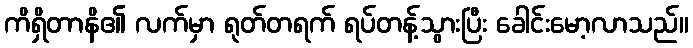
ကိရှိတာနိ၏ လက်မှာ ရုတ်တရက် ရပ်တန့်သွားပြီး ခေါင်းမော့လာသည်။